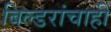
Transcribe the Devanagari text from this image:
बिल्डरांचाही